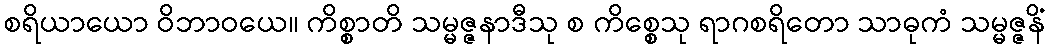
စရိယာယော ဝိဘာဝယေ။ ကိစ္စာတိ သမ္မဇ္ဇနာဒီသု စ ကိစ္စေသု ရာဂစရိတော သာဓုကံ သမ္မဇ္ဇနိံ